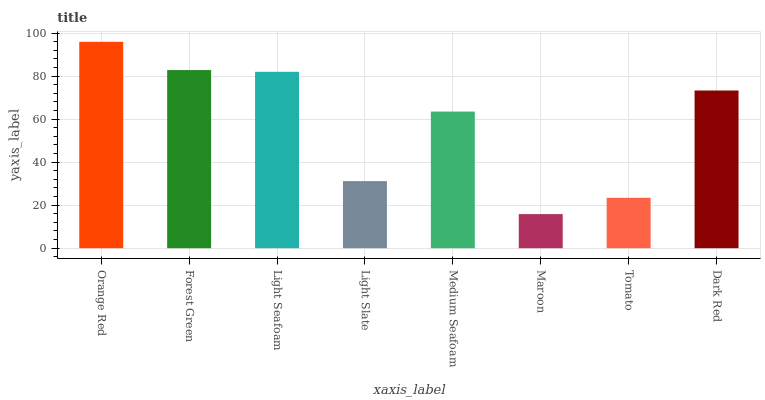
| xaxis_label | bars |
 | --- | --- |
 | Orange Red | 96 |
 | Forest Green | 82.8 |
 | Light Seafoam | 82 |
 | Light Slate | 31.2 |
 | Medium Seafoam | 63.5 |
 | Maroon | 15.9 |
 | Tomato | 23.4 |
 | Dark Red | 73.3 |